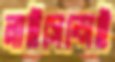
লাইসেন্সেই